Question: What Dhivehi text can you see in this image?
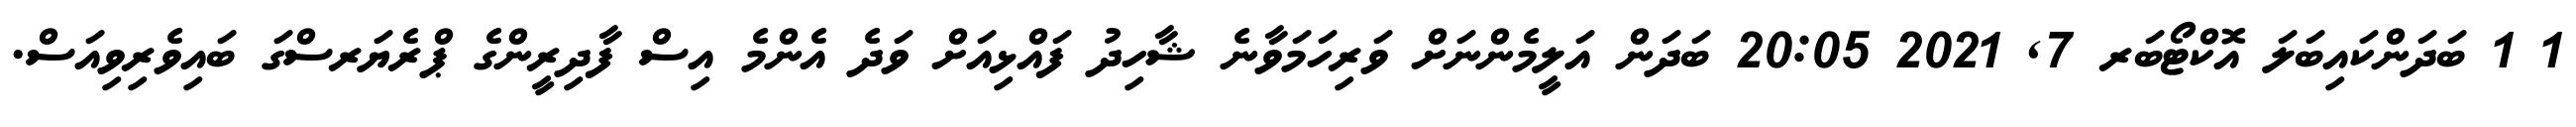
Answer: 1 1 ބަދަންކައިބަލަ އޮކްޓޯބަރ 7, 2021 20:05 ބަދަން އަލީމެންނަށް ވަރިހަމަވާނެ ޝާހިދު ފައްޅިއަށް ވަދެ އެންމެ އިސް ފާދިރީންގެ ޕްރެޔަރސްގަ ބައިވެރިވިއަސް.